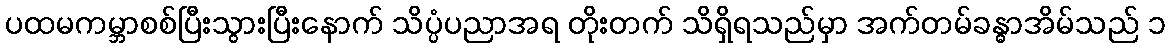
ပထမကမ္ဘာစစ်ပြီးသွားပြီးနောက် သိပ္ပံပညာအရ တိုးတက် သိရှိရသည်မှာ အက်တမ်ခန္ဓာအိမ်သည် ၁